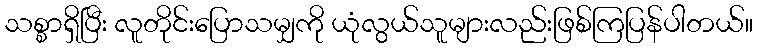
သစ္စာရှိပြီး လူတိုင်းပြောသမျှကို ယုံလွယ်သူများလည်းဖြစ်ကြပြန်ပါတယ်။